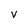
Character: v